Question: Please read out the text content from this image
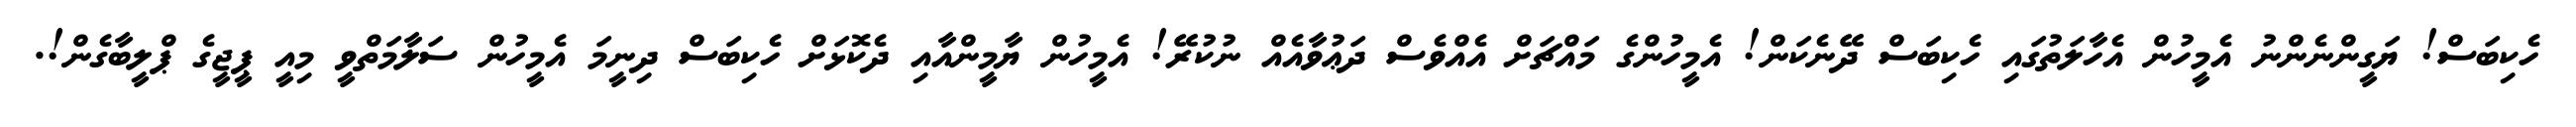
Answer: ހެކިބަސް! ޔަގީންނެންނު އެމީހުން އެހާލަތުގައި ހެކިބަސް ދޭނެކަން! އެމީހުންގެ މައްޗަށް އެއްވެސް ދަޢުވާއެއް ނުކުރޭ! އެމީހުން ޔާމީންއާއި ދެކޮޅަށް ހެކިބަސް ދިނީމަ އެމީހުން ސަލާމަތްވީ މިއީ ޕީޖީގެ ޕްލީބާގެން!.